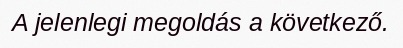
A jelenlegi megoldás a következő.